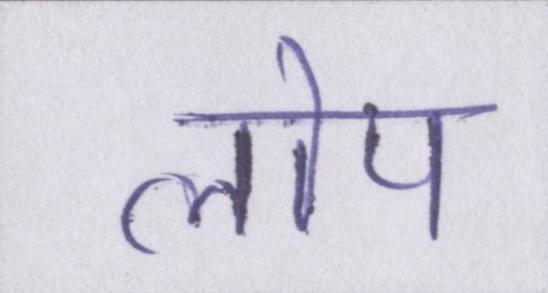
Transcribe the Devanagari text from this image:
लोप